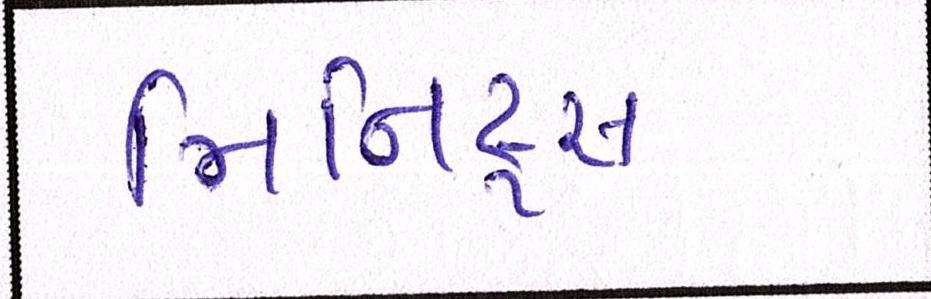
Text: મિનિટ્સ